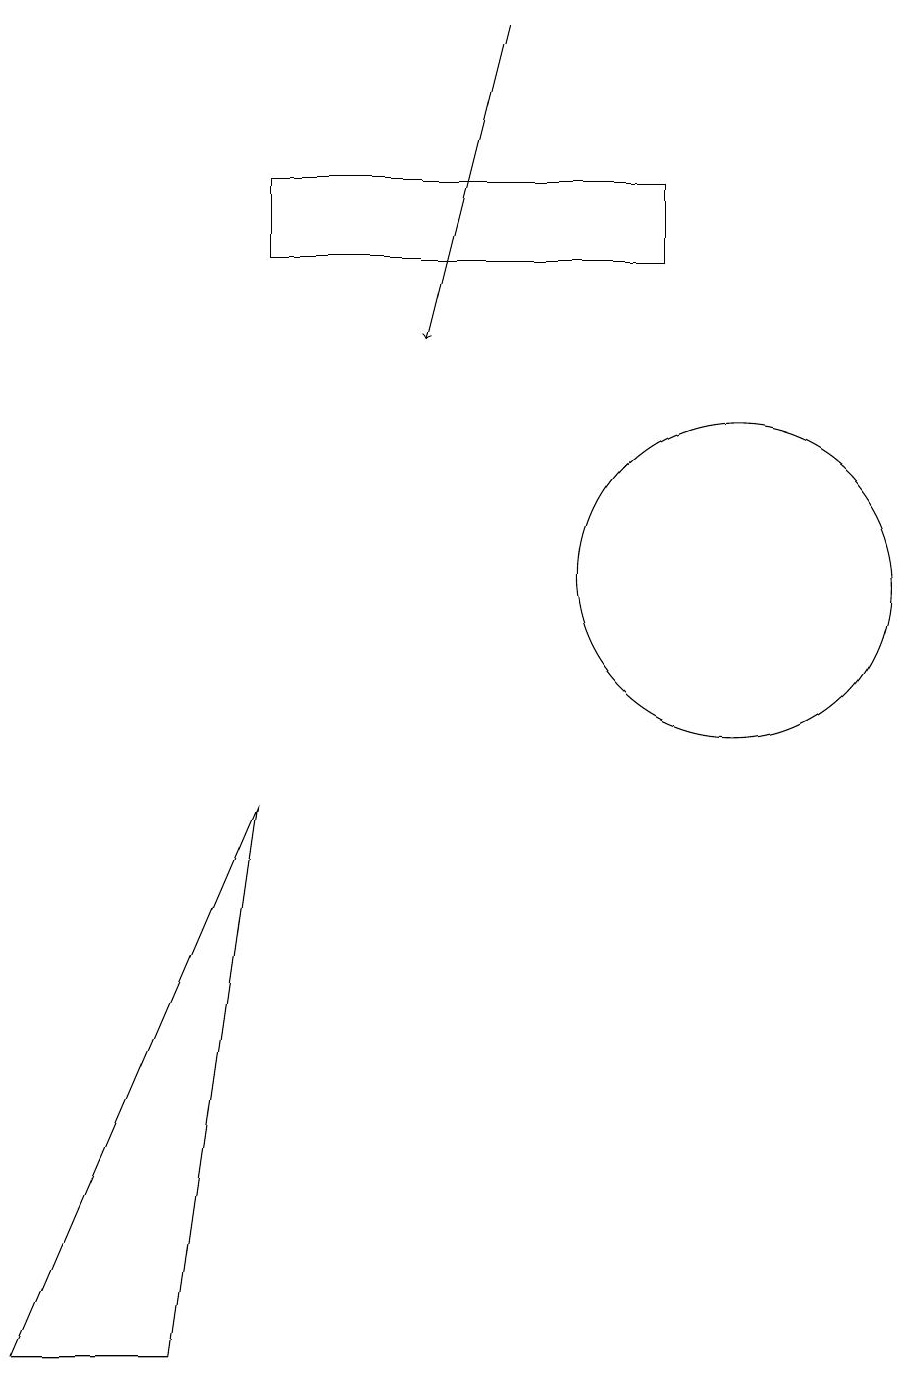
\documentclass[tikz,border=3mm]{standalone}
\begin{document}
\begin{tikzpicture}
\draw (10,10) circle (2);
\draw (4,7) -- (3,0) -- (1,0) -- cycle;
\draw[->] (7,17) -- (6,13);
\draw (9,14) rectangle (4,15);
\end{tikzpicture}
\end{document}